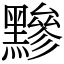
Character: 黲